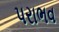
પરાભવ